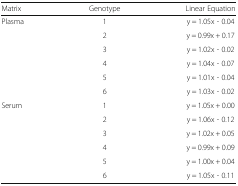
<table><thead><tr><td><b>Matrix</b></td><td><b>Genotype</b></td><td><b>Linear Equation</b></td></tr></thead><tbody><tr><td rowspan="6">Plasma</td><td>1</td><td>y = 1.05x - 0.04</td></tr><tr><td>2</td><td>y = 0.99x + 0.17</td></tr><tr><td>3</td><td>y = 1.02x - 0.02</td></tr><tr><td>4</td><td>y = 1.04x - 0.07</td></tr><tr><td>5</td><td>y = 1.01x - 0.04</td></tr><tr><td>6</td><td>y = 1.03x - 0.02</td></tr><tr><td rowspan="6">Serum</td><td>1</td><td>y = 1.05x + 0.00</td></tr><tr><td>2</td><td>y = 1.06x - 0.12</td></tr><tr><td>3</td><td>y = 1.02x + 0.05</td></tr><tr><td>4</td><td>y = 0.99x + 0.09</td></tr><tr><td>5</td><td>y = 1.00x + 0.04</td></tr><tr><td>6</td><td>y = 1.05x - 0.11</td></tr></tbody></table>